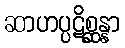
ဆာဟပ္ပဋိစ္ဆန္နာ